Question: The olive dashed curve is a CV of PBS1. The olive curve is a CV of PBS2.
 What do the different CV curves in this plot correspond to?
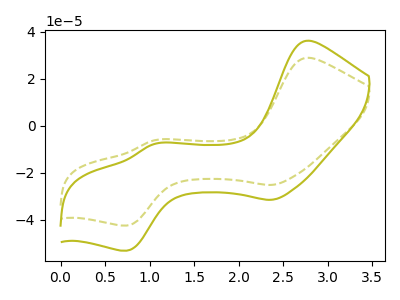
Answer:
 <answer>The olive dashed curve is labeled "PBS1". The olive curve is labeled "PBS2".</answer>
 <eval></eval>